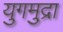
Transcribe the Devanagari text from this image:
युगमुद्रा